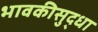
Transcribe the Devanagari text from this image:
भावकीसुद्धा